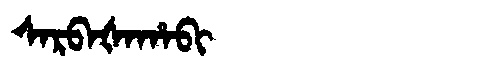
Manchu: ᠰᠠᡵᠪᠠᡧᠠᡥᠠᠪᡳ
Romanization: SARBAŠAHABI